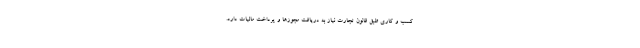
کسب و کاری طبق قانون تجارت نیاز به دریافت مجوزها و پرداخت مالیات دارد.